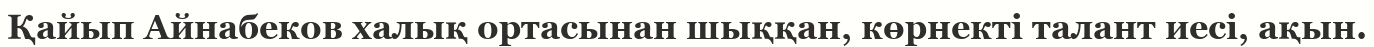
Қайып Айнабеков халық ортасынан шыққан, көрнекті талант иесі, ақын.